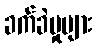
ခက်ခဲမှုများ